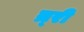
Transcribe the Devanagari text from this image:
त्र्री